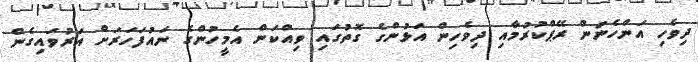
ދިވެހި އަންހެނުން ރޭޕްކުރުމާއި ދިވެހިން އަޅުންގެ ގޮތުގައި ވިއްކަން އެމީހުންގެ ނައުފަހަރަށް އަރުވައިގެން